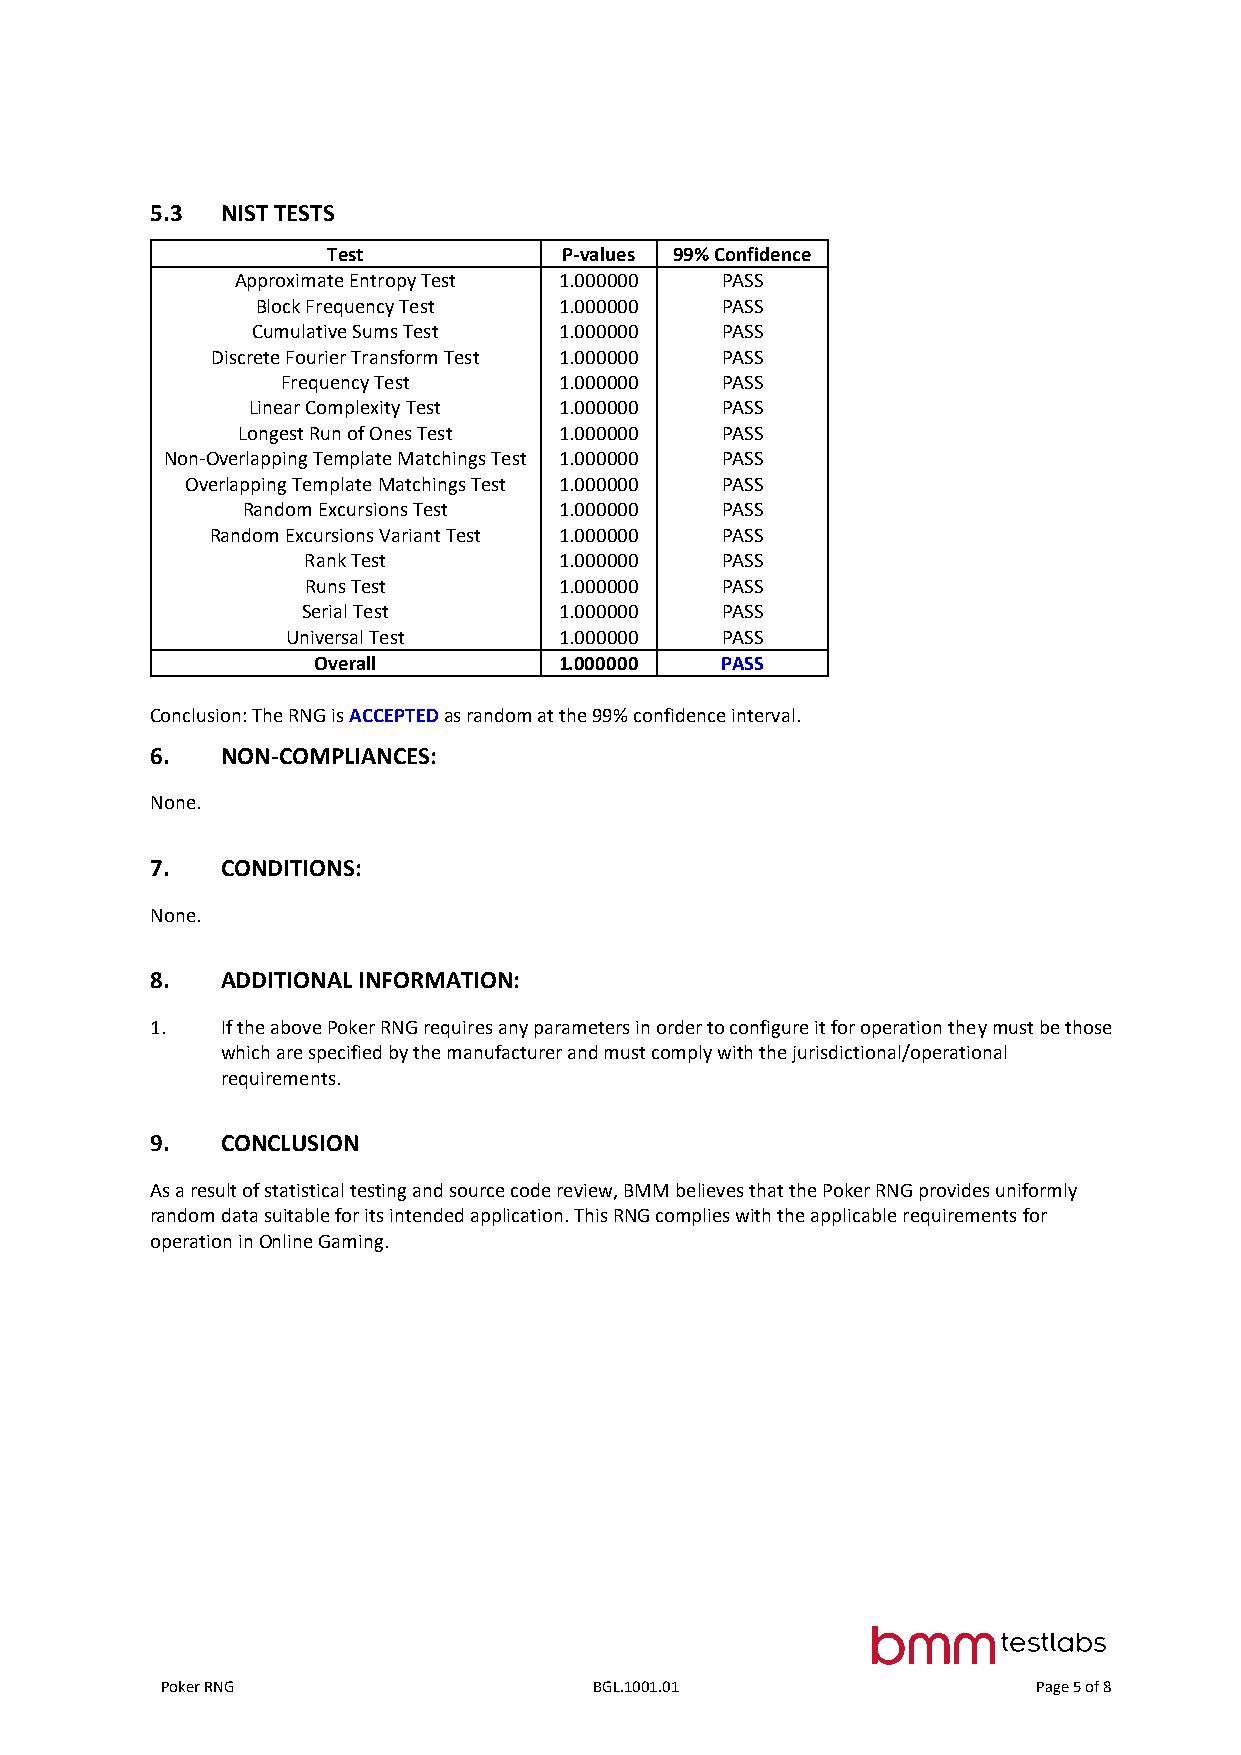
5.3  NIST TESTS
 Test           P-values 99% Confidence
 Approximate Entropy Test 1.000000 PASS
 Block Frequency Test 1.000000  PASS
 Cumulative Sums Test 1.000000  PASS
 Discrete Fourier Transform Test 1.000000 PASS
 Frequency Test    1.000000   PASS
 Linear Complexity Test 1.000000 PASS
 Longest Run of Ones Test 1.000000 PASS
 Non-Overlapping Template Matchings Test 1.000000 PASS
 Overlapping Template Matchings Test 1.000000 PASS
 Random Excursions Test 1.000000 PASS
 Random Excursions Variant Test 1.000000 PASS
 Rank Test        1.000000   PASS
 Runs Test        1.000000   PASS
 Serial Test      1.000000   PASS
 Universal Test    1.000000   PASS
 Overall         1.000000   PASS
 Conclusion: The RNG is ACCEPTED as random at the 99% confidence interval.
 6.   NON-COMPLIANCES:
 None.
 7.   CONDITIONS:
 None.
 8.   ADDITIONAL INFORMATION:
 1.   If the above Poker RNG requires any parameters in order to configure it for operation they must be those
 which are specified by the manufacturer and must comply with the jurisdictional/operational
 requirements.
 9.   CONCLUSION
 As a result of statistical testing and source code review, BMM believes that the Poker RNG provides uniformly
 random data suitable for its intended application. This RNG complies with the applicable requirements for
 operation in Online Gaming.
 Poker RNG                   BGL.1001.01                   Page 5 of 8